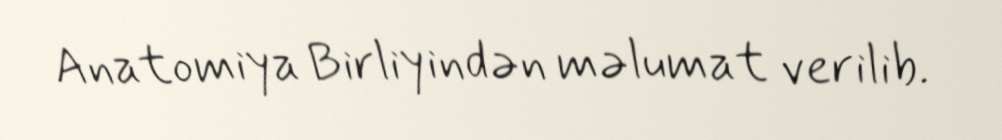
Anatomiya Birliyindən məlumat verilib.